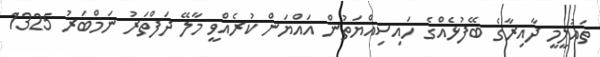
ތައުލީމީ ދާއިރާގެ ބޭފުޅެއްގެ ހައިސިއްޔަތުން އައްޔަން ކުރެއްވީ މާލޭ ދަފްތަރު ނަމްބަރު 1325